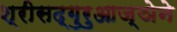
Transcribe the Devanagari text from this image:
श्रीसद्गुरुआज्ञेने